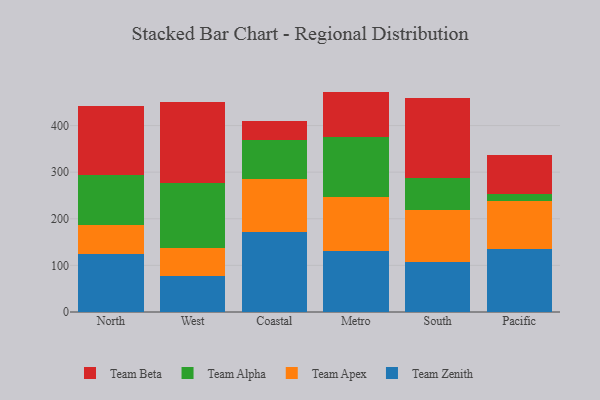
{"axis": {"x": "Region", "y": "Backlog"}, "legend": ["Team Alpha", "Team Apex", "Team Beta", "Team Zenith"], "data": [{"x": "North", "y": 124.6, "type": "Team Zenith"}, {"x": "North", "y": 62.3, "type": "Team Apex"}, {"x": "North", "y": 108.0, "type": "Team Alpha"}, {"x": "North", "y": 146.6, "type": "Team Beta"}, {"x": "West", "y": 76.3, "type": "Team Zenith"}, {"x": "West", "y": 61.0, "type": "Team Apex"}, {"x": "West", "y": 139.8, "type": "Team Alpha"}, {"x": "West", "y": 172.8, "type": "Team Beta"}, {"x": "Coastal", "y": 171.7, "type": "Team Zenith"}, {"x": "Coastal", "y": 113.3, "type": "Team Apex"}, {"x": "Coastal", "y": 84.2, "type": "Team Alpha"}, {"x": "Coastal", "y": 41.0, "type": "Team Beta"}, {"x": "Metro", "y": 131.5, "type": "Team Zenith"}, {"x": "Metro", "y": 114.6, "type": "Team Apex"}, {"x": "Metro", "y": 130.1, "type": "Team Alpha"}, {"x": "Metro", "y": 96.6, "type": "Team Beta"}, {"x": "South", "y": 106.2, "type": "Team Zenith"}, {"x": "South", "y": 113.2, "type": "Team Apex"}, {"x": "South", "y": 68.6, "type": "Team Alpha"}, {"x": "South", "y": 171.4, "type": "Team Beta"}, {"x": "Pacific", "y": 134.8, "type": "Team Zenith"}, {"x": "Pacific", "y": 102.9, "type": "Team Apex"}, {"x": "Pacific", "y": 14.6, "type": "Team Alpha"}, {"x": "Pacific", "y": 83.6, "type": "Team Beta"}]}